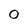
Character: 0